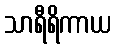
သာရီရိကာယ